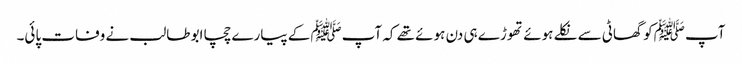
آپ ﷺکو گھاٹی سے نکلے ہوئے تھوڑے ہی دن ہوئے تھے کہ آپﷺ کے پیارے چچا ابو طالب نے وفات پائی۔